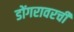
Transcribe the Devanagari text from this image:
डोंगरावरची